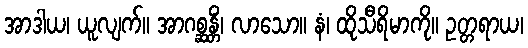
အာဒါယ၊ ယူလျက်။ အာဂစ္ဆန္တိံ၊ လာသော။ နံ၊ ထိုသီရိမာကို။ ဥတ္တရာယ၊